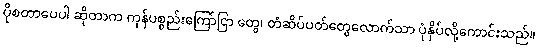
ပိုစတာပေပါ ဆိုတာက ကုန်ပစ္စည်းကြော်ငြာ တွေ၊ တံဆိပ်ပတ်တွေလောက်သာ ပုံနှိပ်လို့ကောင်းသည်။